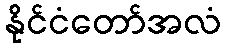
နိုင်ငံတော်အလံ